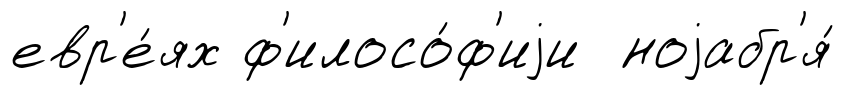
евр'е́ях ф'илосо́ф'иjи ноjабр'я́